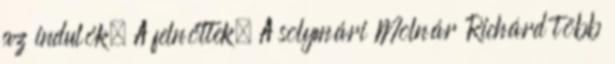
az indulók. A felnőttek. A solymári Molnár Richárd több